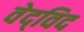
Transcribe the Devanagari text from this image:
वेद्‍विद